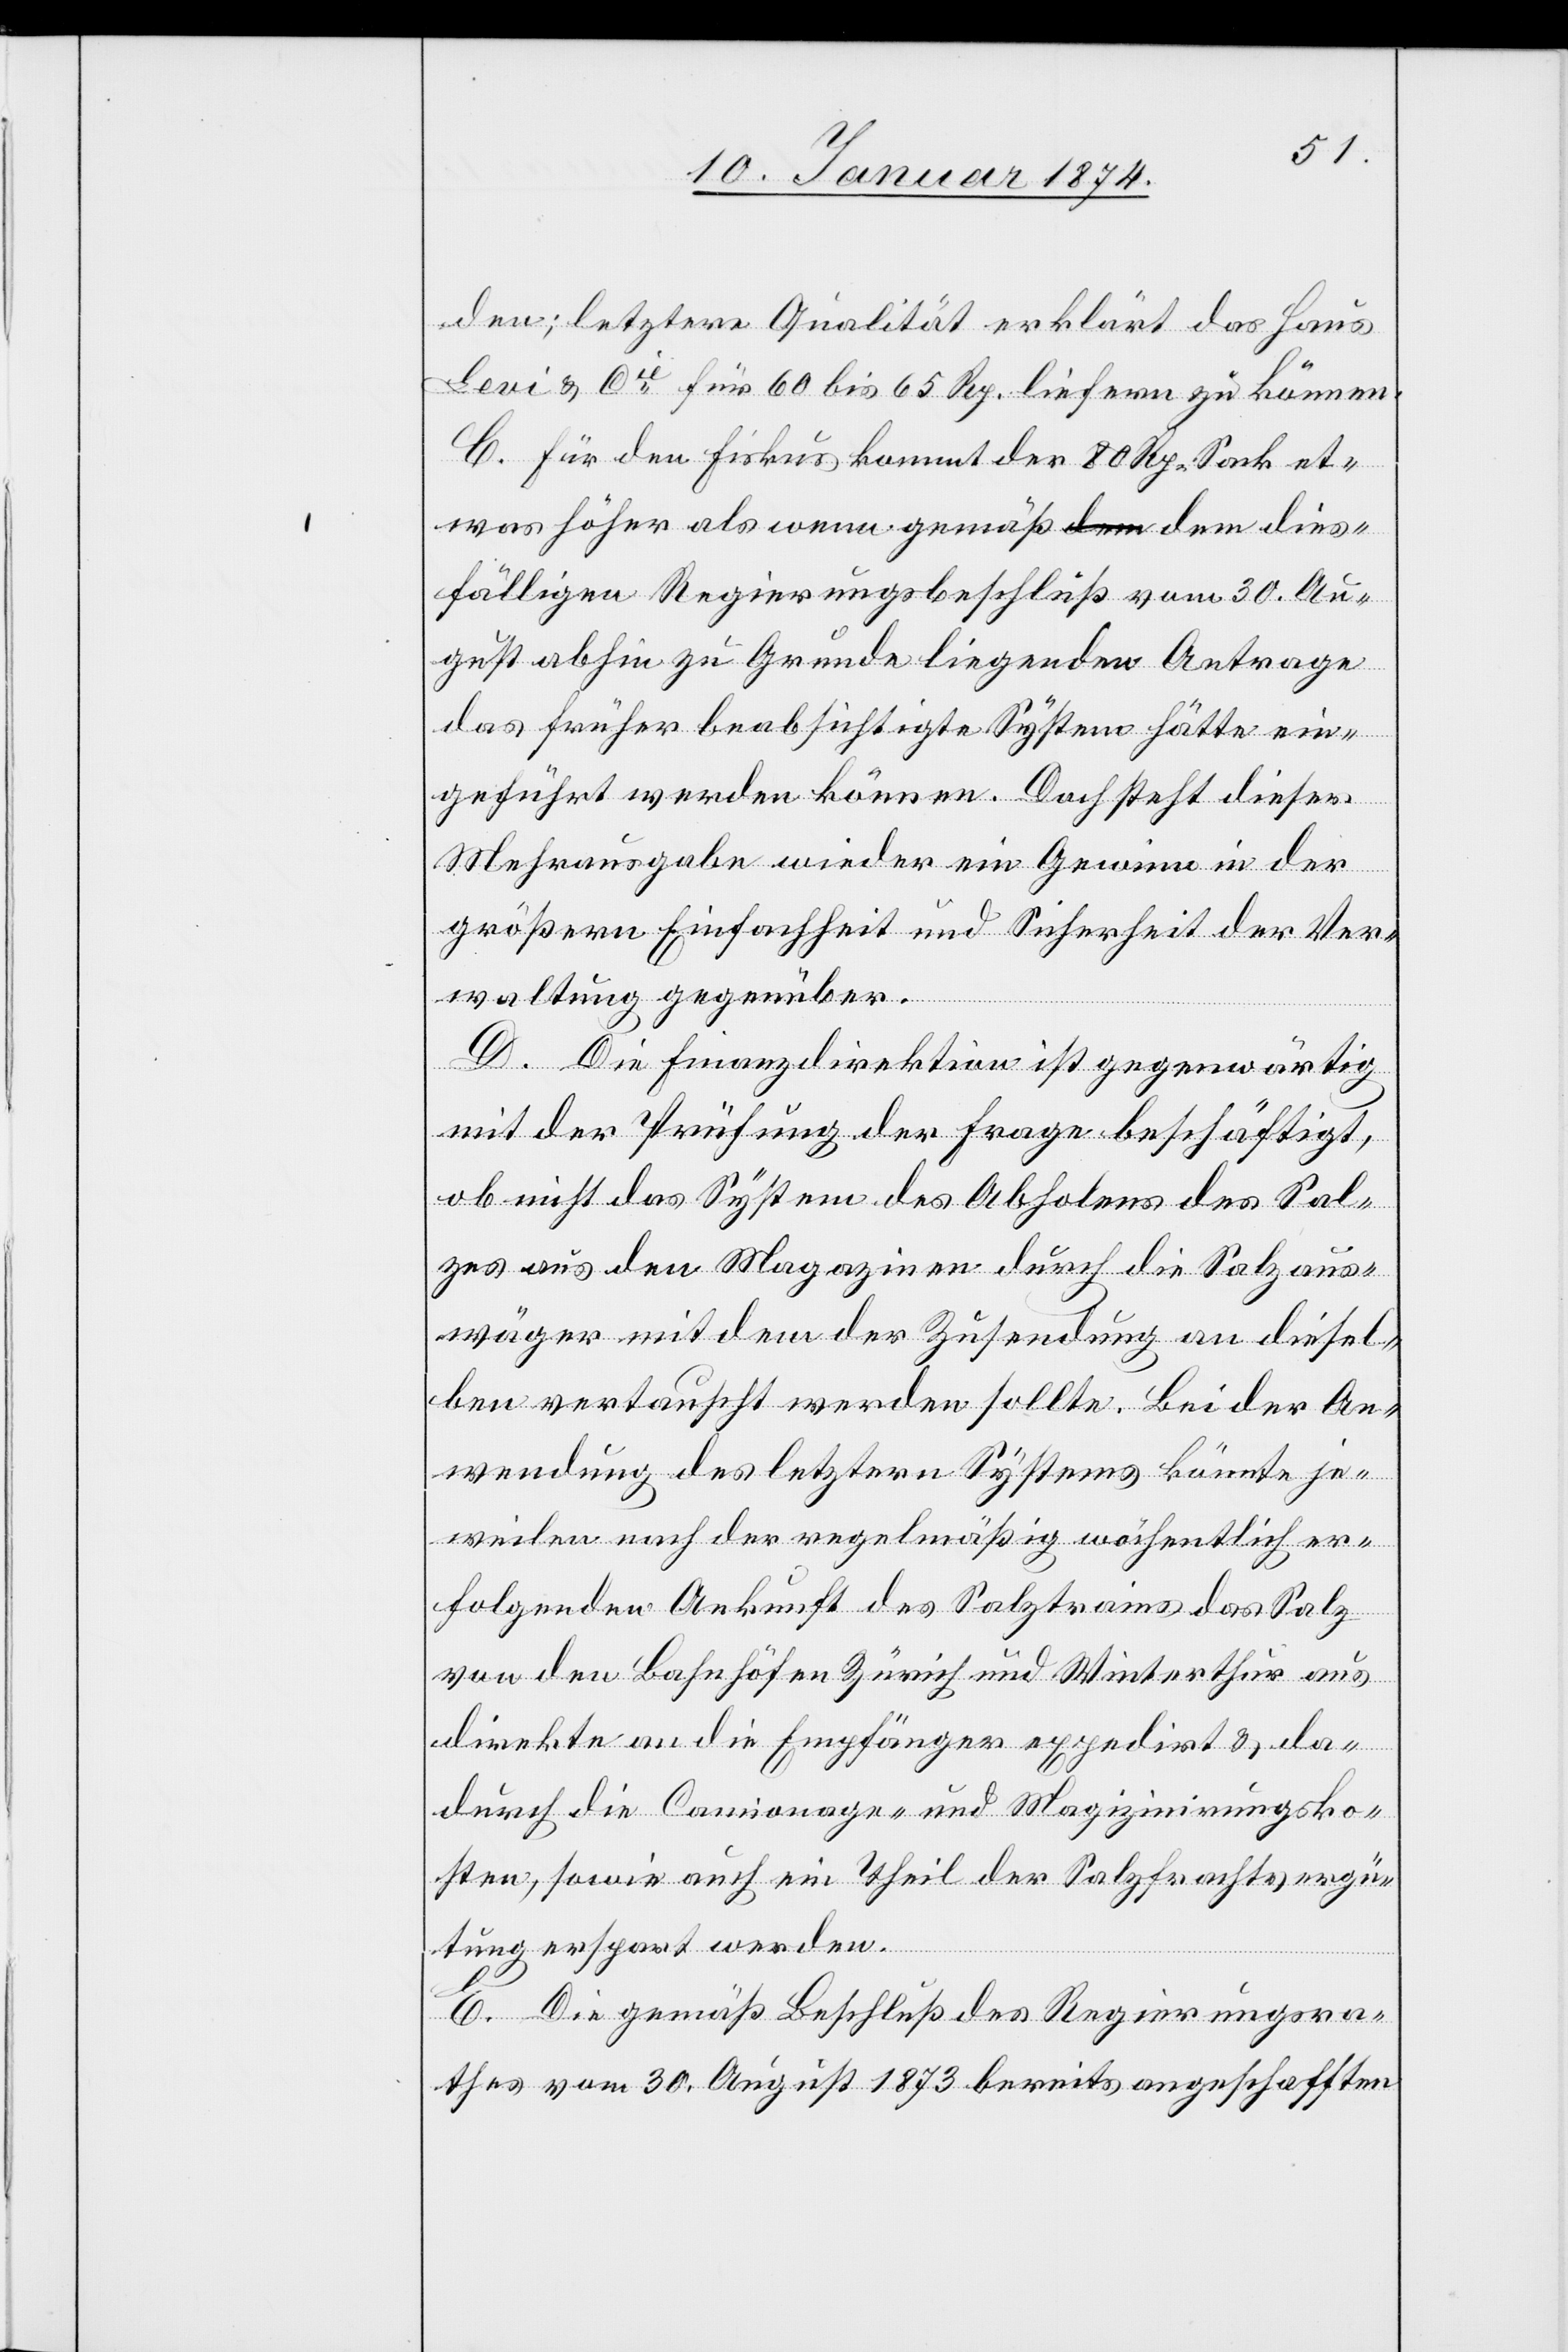
den; letztere Qualität erklärt das Haus
Levi & Cie für 60 bis 65 Rp. liefern zu können.
C. Für den Fiskus kommt der 80 Kg.-Sack et¬
was höher als wenn gemäß dem dies¬
fälligen Regierungsbeschluß vom 30. Au¬
gust abhin zu Grunde liegenden Antrage
das früher beabsichtigte System hätte ein¬
geführt werden können. Doch steht dieser
Mehrausgabe wieder ein Gewinn in der
größern Einfachheit und Sicherheit der Ver¬
waltung gegenüber.
D. Die Finanzdirektion ist gegenwärtig
mit der Prüfung der Frage beschäftigt,
ob nicht das System des Abholens des Sal¬
zes aus den Magazinen durch die Salzaus¬
wäger mit dem der Zusendung an diesel¬
ben vertauscht werden sollte. Bei der An¬
wendung des letzteren Systems könnte je¬
weilen nach der regelmäßig wöchentlich er¬
folgenden Ankunft des Salztrains das Salz
von den Bahnhöfen Zürich und Winterthur aus
direkt an die Empfänger expediert & da¬
durch die Comionage- und Magizinierungsko¬
sten, sowie auch ein Theil der Salzfrachtsvergü¬
tung erspart werden.
E. Die gemäß Beschluß des Regierungsra¬
thes vom 30. August 1873 bereits angeschafften